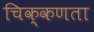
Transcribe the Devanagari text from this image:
चिक्कणता